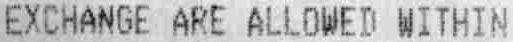
EXCHANGE ARE ALLOWED WITHIN